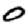
Digit: 0